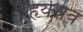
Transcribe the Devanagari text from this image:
हर्यश्रव